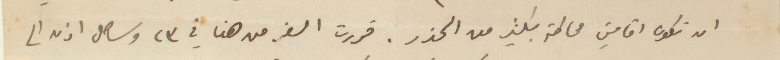
ان تكون اقامتي محاطة بكثير من الحذر. قررت السفر من هنا في ٢٣ وساصل اذن الى